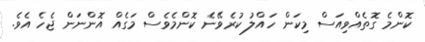
ކޮންމެ ގޮތެއްވިއަސް މިކަން ހައްލު ކުރެވޭނެ ކޮންމެވެސް މަގެއް އޮންނަން ޖެހެ އެވެ.